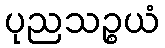
ပုညသဉ္စယံ